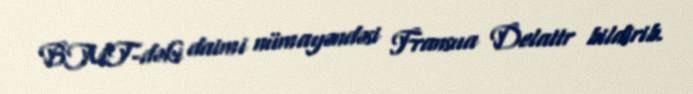
BMT-dəki daimi nümayəndəsi Fransua Delattr bildirib.